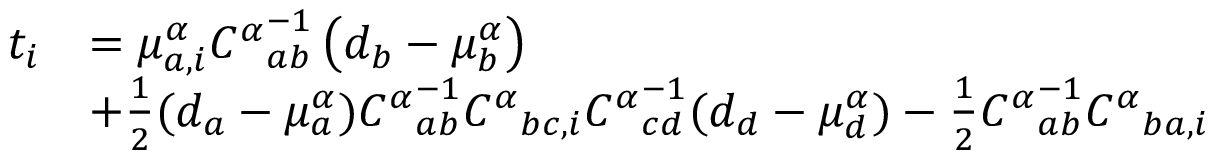
\begin{array} { r l } { t _ { i } } & { = \mu _ { a , i } ^ { \alpha } { C ^ { \alpha } } _ { a b } ^ { - 1 } \left( { d _ { b } - \mu _ { b } ^ { \alpha } } \right) } \\ & { + \frac { 1 } { 2 } ( d _ { a } - \mu _ { a } ^ { \alpha } ) { C ^ { \alpha } } _ { a b } ^ { - 1 } { C ^ { \alpha } } _ { b c , i } { C ^ { \alpha } } _ { c d } ^ { - 1 } ( d _ { d } - \mu _ { d } ^ { \alpha } ) - \frac { 1 } { 2 } { C ^ { \alpha } } _ { a b } ^ { - 1 } { C ^ { \alpha } } _ { b a , i } } \end{array}